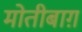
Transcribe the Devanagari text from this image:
मोतीबाग़